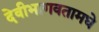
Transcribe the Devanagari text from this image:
देवीभागवतामधे